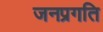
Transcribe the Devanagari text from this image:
जनप्रगति